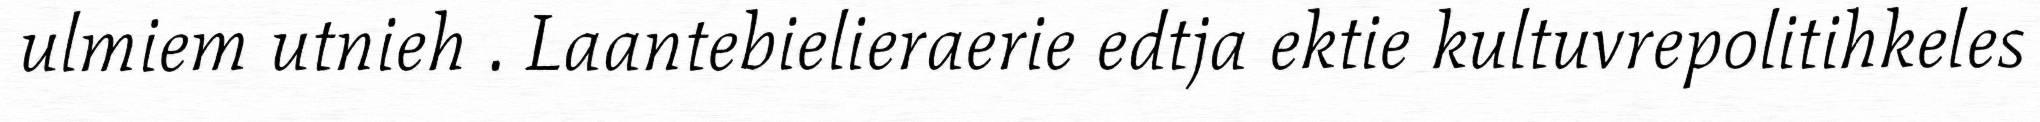
ulmiem utnieh . Laantebielieraerie edtja ektie kultuvrepolitihkeles